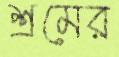
শ্রমের